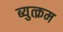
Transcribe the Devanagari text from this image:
ब्युत्क्रम